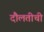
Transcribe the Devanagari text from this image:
दौलतीची